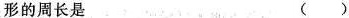
形的周长是 ( )